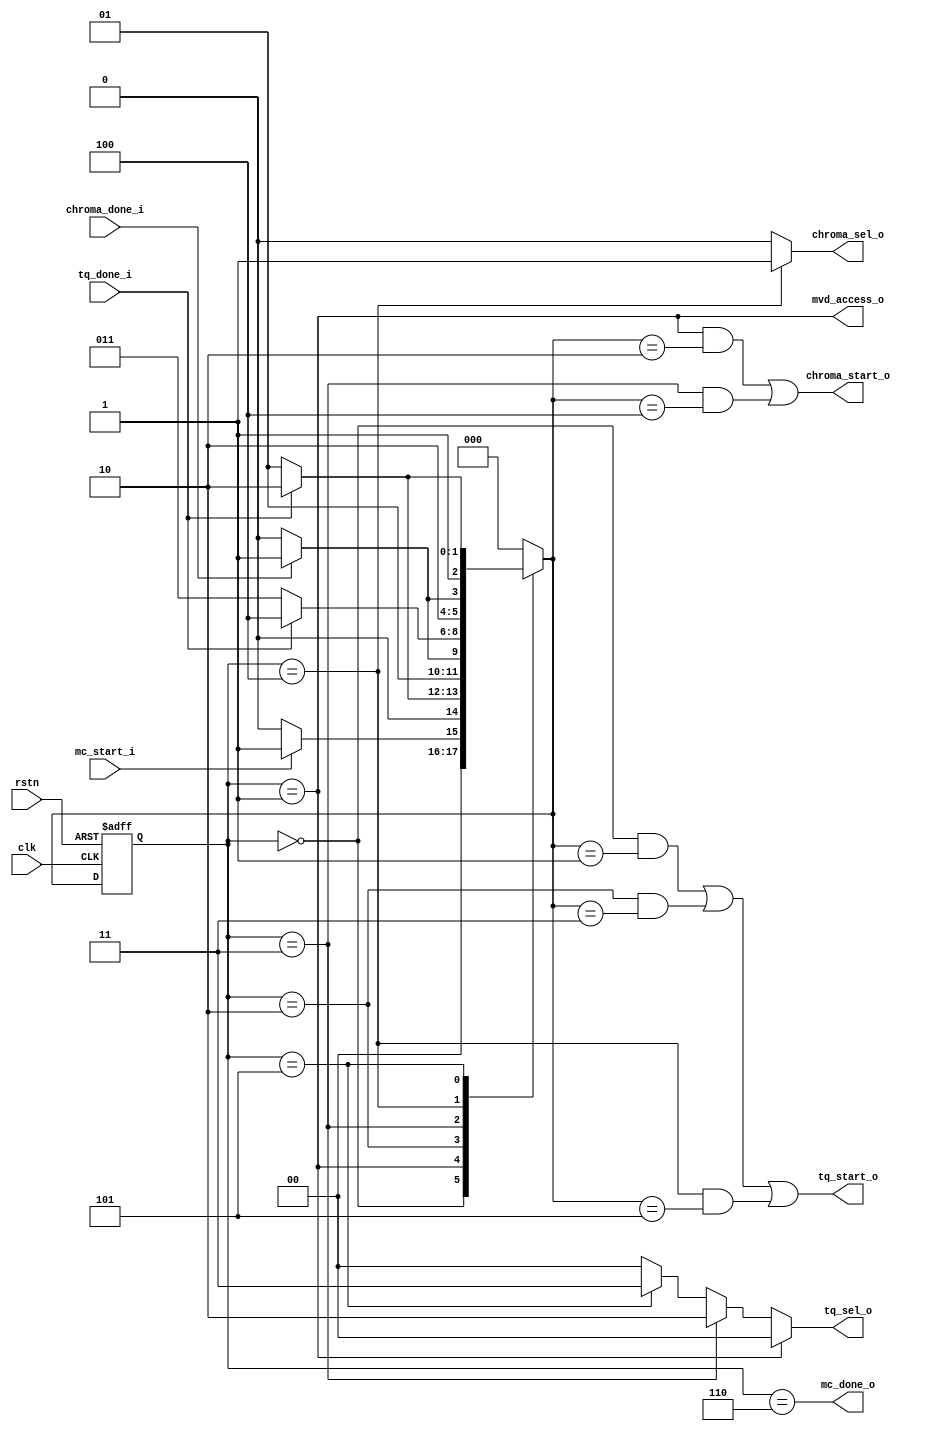
module mc_ctrl (
	clk		,
	rstn		,
	mc_start_i		,
	mc_done_o		,
  mvd_access_o    ,
	chroma_start_o		,
	chroma_sel_o		,
	chroma_done_i		,
	tq_start_o		,
	tq_sel_o		,
	tq_done_i		
);
input 	 [1-1:0] 	 clk 	         ; 
input 	 [1-1:0] 	 rstn 	         ; 
input 	 [1-1:0] 	 mc_start_i 	 ; 
output 	 [1-1:0] 	 mc_done_o 	 ; 
output             mvd_access_o ;
output 	 [1-1:0] 	 chroma_start_o  ; 
output 	 [1-1:0] 	 chroma_sel_o 	 ; 
input 	 [1-1:0] 	 chroma_done_i 	 ; 
output 	 [1-1:0] 	 tq_start_o 	 ; 
output 	 [2-1:0] 	 tq_sel_o 	 ; 
input 	 [1-1:0] 	 tq_done_i 	 ; 
parameter IDLE         = 3'd0;
parameter TQ_LUMA      = 3'd1;
parameter MC_CB        = 3'd2;
parameter TQ_CB        = 3'd3;
parameter MC_CR        = 3'd4;
parameter TQ_CR        = 3'd5;
parameter DONE         = 3'd6;
reg      [3-1:0]        current_state, next_state;
always @(*) begin
                next_state = IDLE;
    case(current_state) 
        IDLE : begin
            if ( mc_start_i)
                next_state = TQ_LUMA;
            else
                next_state = IDLE;
        end
        TQ_LUMA: begin
            if ( tq_done_i)
                next_state = MC_CB;
            else
                next_state = TQ_LUMA;
        end
        MC_CB: begin
            if ( chroma_done_i)
                next_state = TQ_CB;
            else
                next_state = MC_CB;
        end
        TQ_CB: begin
            if ( tq_done_i)
                next_state = MC_CR;
            else
                next_state = TQ_CB;
        end
        MC_CR: begin
            if ( chroma_done_i)
                next_state = TQ_CR;
            else
                next_state = MC_CR;
        end
        TQ_CR: begin
            if ( tq_done_i)
                next_state = DONE;
            else
                next_state = TQ_CR;
        end
        DONE: begin
            next_state = IDLE;
        end
    endcase
end
assign 	 mc_done_o 	 = (current_state == DONE); 
assign 	 chroma_start_o  = (current_state == TQ_LUMA && next_state == MC_CB)  ||
                           (current_state == TQ_CB   && next_state == MC_CR)  ; 
assign 	 chroma_sel_o 	 = (current_state == MC_CR) ? 1'b1 : 1'b0; 
assign 	 tq_start_o 	 = (current_state == IDLE    && next_state == TQ_LUMA)||
                           (current_state == MC_CB   && next_state == TQ_CB)  || 
                           (current_state == MC_CR   && next_state == TQ_CR)  ; 
assign 	 tq_sel_o 	 = (current_state == TQ_LUMA) ? 2'b00 :
                           (current_state == TQ_CB  ) ? 2'b10 :
                           (current_state == TQ_CR  ) ? 2'b11 : 2'b00;
assign mvd_access_o = ( current_state == TQ_LUMA );
always @ (posedge clk or negedge rstn) begin
    if(~rstn) begin
        current_state <= IDLE;
    end
    else begin
        current_state <= next_state;
    end
end
endmodule